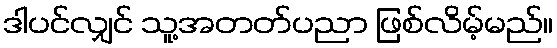
ဒါပင်လျှင် သူ့အတတ်ပညာ ဖြစ်လိမ့်မည်။